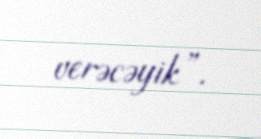
verəcəyik”.